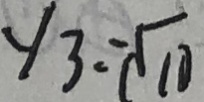
y _ { 3 } = \sqrt { 1 0 }